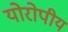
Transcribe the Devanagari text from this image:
योरोपीय